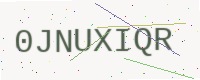
Text: 0JNUXIQR